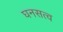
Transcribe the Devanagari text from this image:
घनसत्व